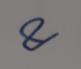
Signature authenticity: genuine